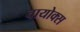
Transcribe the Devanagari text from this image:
वायोक्स